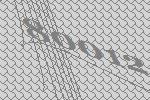
80012